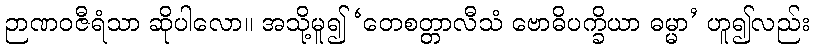
ဉာဏဝဇီရံသာ ဆိုပါလော။ အသို့မူ၍ ‘တေစတ္တာလီသံ ဗောဓိပက္ခိယာ ဓမ္မာ’ ဟူ၍လည်း